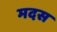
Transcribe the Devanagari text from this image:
मदस